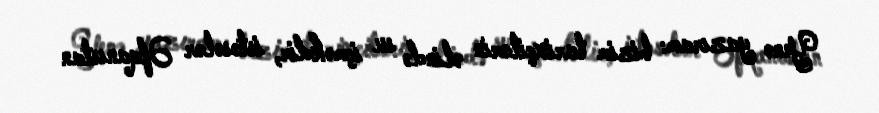
Yenə yazıram: bizim tarixçilərin əlində su içməkdir, istəsələr Əfqanıstan